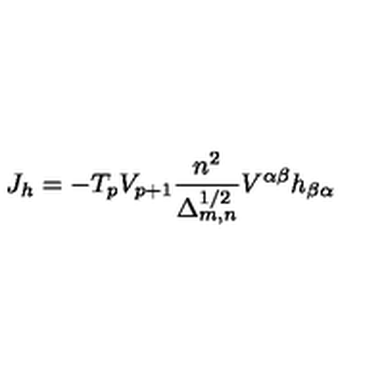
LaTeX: J _ { h } = - T _ { p } V _ { p + 1 } \frac { n ^ { 2 } } { \Delta _ { m , n } ^ { 1 / 2 } } V ^ { \alpha \beta } h _ { \beta \alpha }